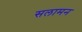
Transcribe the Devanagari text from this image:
सलामन